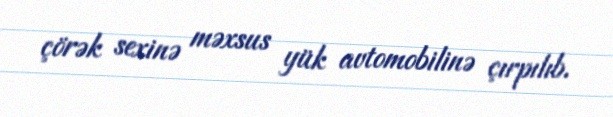
çörək sexinə məxsus yük avtomobilinə çırpılıb.